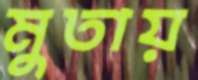
মুতায়